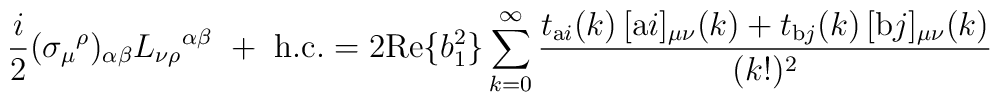
\frac{i}2 (\sigma_{\mu}{}^{\rho})_{\alpha\beta}L_{\nu\rho}{}^{\alpha\beta} \ + \ \mathrm{h.c.}  =2 \mbox{Re}\{b_1^2\} \sum_{k=0}^\infty \frac{t_{\mathrm{a}i}(k) \, [\mbox{a$i$}]_{\mu\nu}{}(k) + t_{\mathrm{b}j}(k) \, [\mbox{b$j$}]_{\mu\nu}{}(k)}{(k!)^2}